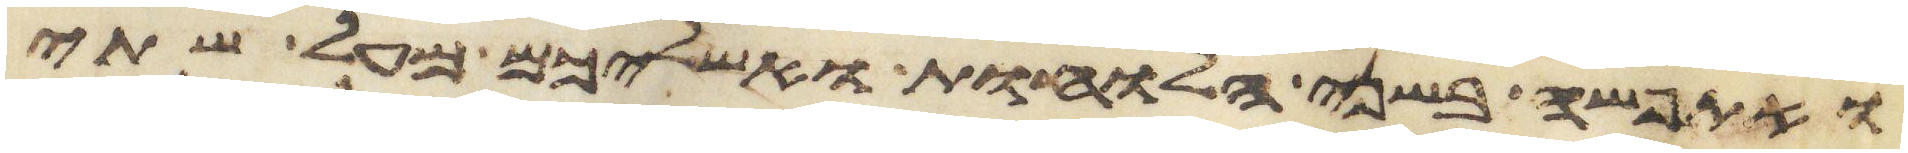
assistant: ואתפשה בשני הלוחות ואשליכם מעל שתי